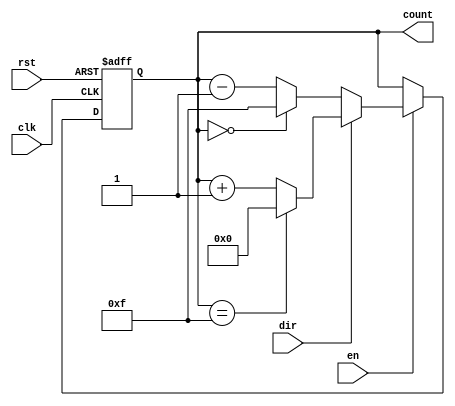
module binary_counter #(
    parameter WIDTH = 4,          // Width of the counter (number of bits)
    parameter INITIAL_VALUE = 0   // Initial value for the counter
)(
    input wire clk,               // Clock signal
    input wire rst,               // Asynchronous reset
    input wire en,                // Enable signal
    input wire dir,               // Direction signal (1 for up, 0 for down)
    output reg [WIDTH-1:0] count  // Current count value
);

    // Asynchronous reset and counting logic
    always @(posedge clk or posedge rst) begin
        if (rst) begin
            count <= INITIAL_VALUE; // Reset to initial value
        end else if (en) begin
            if (dir) begin
                // Count up
                if (count == (1 << WIDTH) - 1) begin
                    count <= 0; // Wrap around to 0
                end else begin
                    count <= count + 1; // Increment count
                end
            end else begin
                // Count down
                if (count == 0) begin
                    count <= (1 << WIDTH) - 1; // Wrap around to max value
                end else begin
                    count <= count - 1; // Decrement count
                end
            end
        end
    end

endmodule